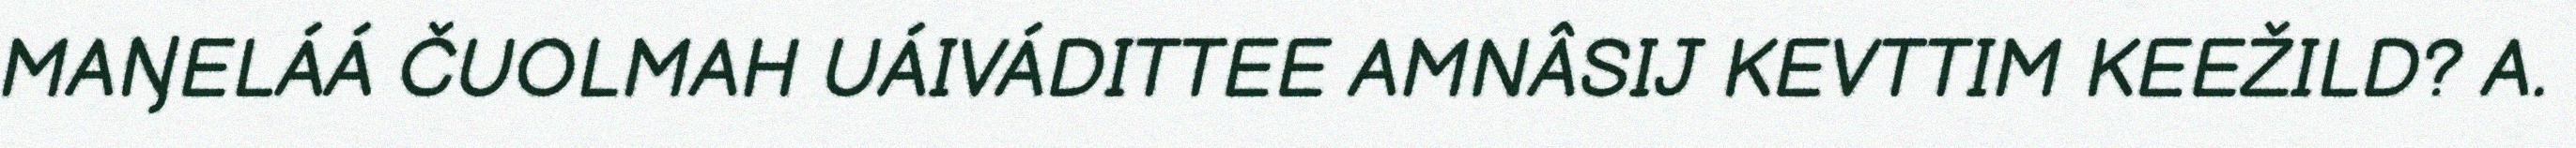
MAŊELÁÁ ČUOLMAH UÁIVÁDITTEE AMNÂSIJ KEVTTIM KEEŽILD? A.